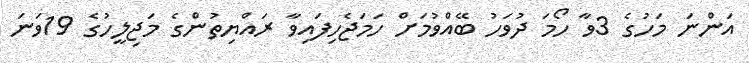
އަންނަ މަހުގެ 3ވާ ހޯމަ ދުވަހު ބޭއްވުމަށް ހަމަޖެހިފައިވާ ރައްޔިތުންގެ މަޖިލީހުގެ 19ވަނަ